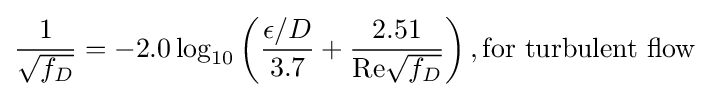
{1 \over {\sqrt {f_{D}}}}=-2.0\log _{10}\left({\frac {\epsilon /D}{3.7}}+{\frac {2.51}{\mathrm {Re} {\sqrt {f_{D}}}}}\right),{\text{for turbulent flow}}